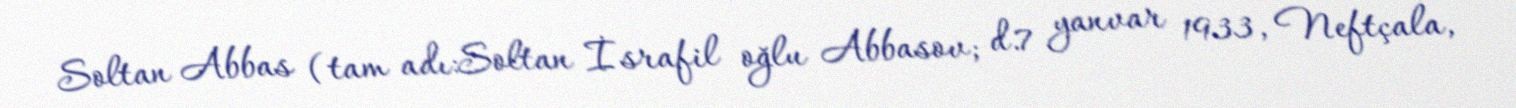
Soltan Abbas (tam adı:Soltan İsrafil oğlu Abbasov; d.7 yanvar 1933, Neftçala,